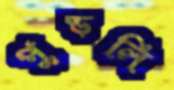
পুড়লি